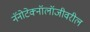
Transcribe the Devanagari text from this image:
नॅनोटेक्नॉलॉजीवरील